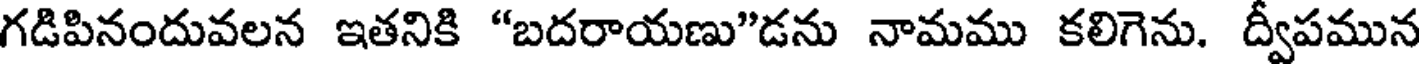
గడిపినందువలన ఇతనికి "బదరాయణు"డను నామము కలిగెను. ద్వీపమున